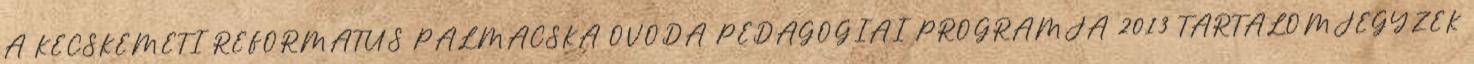
A KECSKEMÉTI REFORMÁTUS PÁLMÁCSKA ÓVODA PEDAGÓGIAI PROGRAMJA 2013 TARTALOMJEGYZÉK